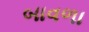
બાવળા